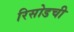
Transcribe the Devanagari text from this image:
रिसोडची